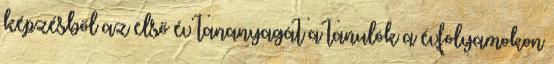
képzésből az első év tananyagát a tanulók a évfolyamokon